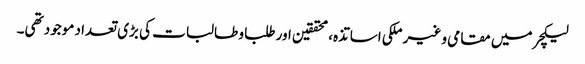
لیکچر میں مقامی و غیر ملکی اساتذہ، محققین اور طلبا و طالبات کی بڑی تعداد موجود تھی۔